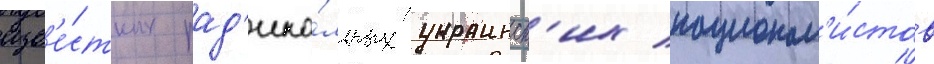
изв'е́стных рад'ика́льных украинск'их национал'и́стов